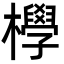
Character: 㰒